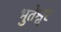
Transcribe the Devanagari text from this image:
भुतेश्वर